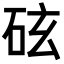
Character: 𪿖